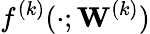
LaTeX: f^{(k)}(\cdot;{\mathbf W}^{(k)})